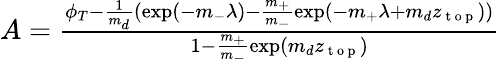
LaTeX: \begin{array}{r}{A=\frac{\phi_{T}-\frac{1}{m_{d}}(\exp(-m_{-}\lambda)-\frac{m_{+}}{m_{-}}\exp(-m_{+}\lambda+m_{d}z_{\mathrm{~t~o~p~}}))}{1-\frac{m_{+}}{m_{-}}\exp(m_{d}z_{\mathrm{~t~o~p~}})}}\end{array}